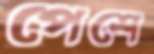
পেশে